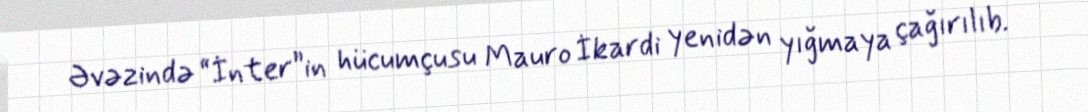
Əvəzində “İnter”in hücumçusu Mauro İkardi yenidən yığmaya çağırılıb.